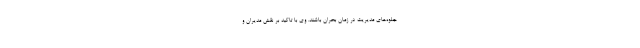
جلوه‌های مدیریت در زمان بحران باشند. وی با تاکید بر نقش مدیران و